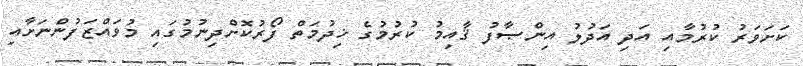
ކަށަވަރު ކުރުމާއި އަދި އަދުލު އިންޞާފު ޤާއިމު ކުރުމުގެ ޚިދުމަތް ފޯރުކޮށްދިނުމުގައި މުވައްޒަފުންނަށާއި